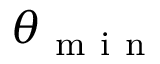
\theta _ { \mathrm { ~ m ~ i ~ n ~ } }